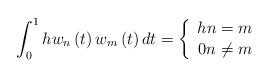
LaTeX: \begin{align*}\int_{0}^{1}hw_{n}\left( t\right) w_{m}\left( t\right) dt=\left\{ \begin{array}{c}hn=m \\ 0n\not=m\end{array}\right. \end{align*}